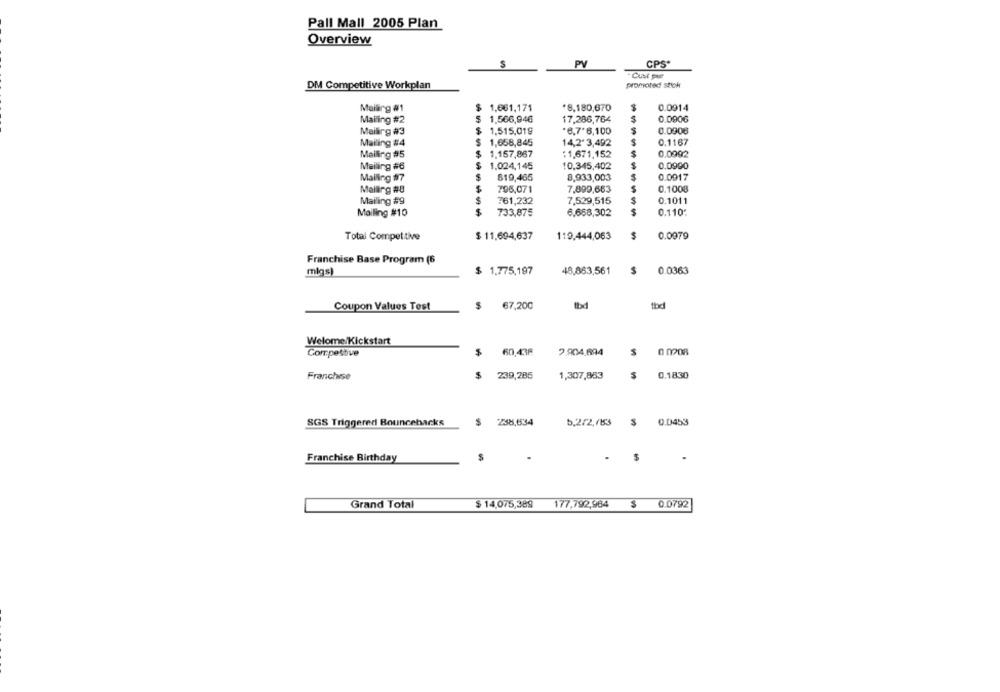
Pall Mall 2005 Plan
Overview
PV
CPS*
- Cust pe
DM Competitive Workplan
promoted stick
Maiarg #1
$ 1,661,171
*8,180,670
0.0914
0.0906
Mailing #2
$ 1,566,946
17,286,764
Mailing #3
$
1,515,019
*6,7'6,100
0.0908
Mailing #4
$ 1,658,845
14,2-3,492
0.1167
Mailing #5
$
1.157,867
11,671,152
0.0992
Mailing #6
1.024,145
10.345,402
0.0990
Mailing #7
819,465
8,933,003
0.0917
Mailing #8
796,071
7,899,663
0.1008
Mailing #9
761,232
7,529,515
0.1011
Mailing #10
$
733,875
6,668,302
0.110:
$
Total Competitive
$ 11,694,637
119,444,063
0.0979
Franchise Base Program (6
1.775,197
48.863,561
$
0.0363
migs)
$
67,200
tbd
the
Coupon Values Test
Welome/Kickstart
Competitive
$
60,436
7.904.694
0 0208
0.1830
Franchise
$
239,285
1,307,853
$
SGS Triggered Bouncehacks
5.2/2,7153
$ 0.0453
$ 2:38,6534
Franchise Birthday
$
Grand Total
$ 14,075,389
177,792,964
$
0.0792